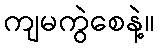
ကျမကွဲစေနဲ့။